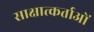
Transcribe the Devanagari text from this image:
साक्षात्कर्ताओं